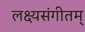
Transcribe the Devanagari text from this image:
लक्ष्यसंगीतम्‌